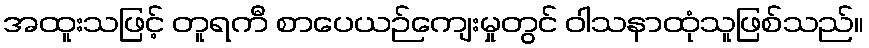
အထူးသဖြင့် တူရကီ စာပေယဉ်ကျေးမှုတွင် ဝါသနာထုံသူဖြစ်သည်။